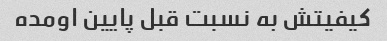
کیفیتش به نسبت قبل پایین اومده